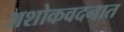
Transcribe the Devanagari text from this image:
अशोकवदनात